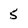
Character: 5